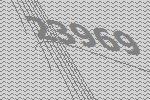
23969